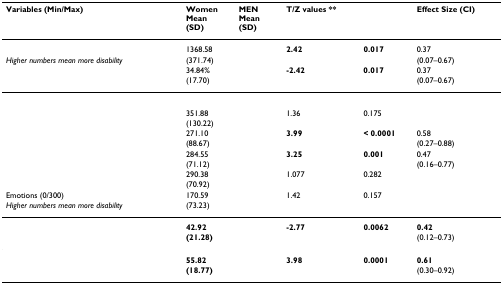
<table><thead><tr><td><b>Variables (Min/Max)</b></td><td><b>WomenMean (SD)</b></td><td><b>MENMean(SD)</b></td><td><b>T/Z values **</b></td><td>[EMPTY_CELL]</td><td><b>Effect Size (CI)</b></td></tr></thead><tbody><tr><td>[EMPTY_CELL]</td><td>1368.58</td><td>[EMPTY_CELL]</td><td><b>2.42</b></td><td><b>0.017</b></td><td>0.37</td></tr><tr><td><i>Higher numbers mean more disability</i></td><td>(371.74)</td><td>[EMPTY_CELL]</td><td>[EMPTY_CELL]</td><td>[EMPTY_CELL]</td><td>(0.07–0.67)</td></tr><tr><td>[EMPTY_CELL]</td><td>34.84%</td><td>[EMPTY_CELL]</td><td><b>-2.42</b></td><td><b>0.017</b></td><td>0.37</td></tr><tr><td>[EMPTY_CELL]</td><td>(17.70)</td><td>[EMPTY_CELL]</td><td>[EMPTY_CELL]</td><td>[EMPTY_CELL]</td><td>(0.07–0.67)</td></tr><tr><td>[EMPTY_CELL]</td><td>[EMPTY_CELL]</td><td>[EMPTY_CELL]</td><td>[EMPTY_CELL]</td><td>[EMPTY_CELL]</td><td>[EMPTY_CELL]</td></tr><tr><td>[EMPTY_CELL]</td><td>351.88</td><td>[EMPTY_CELL]</td><td>1.36</td><td>0.175</td><td>[EMPTY_CELL]</td></tr><tr><td>[EMPTY_CELL]</td><td>(130.22)</td><td>[EMPTY_CELL]</td><td>[EMPTY_CELL]</td><td>[EMPTY_CELL]</td><td>[EMPTY_CELL]</td></tr><tr><td>[EMPTY_CELL]</td><td>271.10</td><td>[EMPTY_CELL]</td><td><b>3.99</b></td><td><b>&lt; 0.0001</b></td><td>0.58</td></tr><tr><td>[EMPTY_CELL]</td><td>(88.67)</td><td>[EMPTY_CELL]</td><td>[EMPTY_CELL]</td><td>[EMPTY_CELL]</td><td>(0.27–0.88)</td></tr><tr><td>[EMPTY_CELL]</td><td>284.55</td><td>[EMPTY_CELL]</td><td><b>3.25</b></td><td><b>0.001</b></td><td>0.47</td></tr><tr><td>[EMPTY_CELL]</td><td>(71.12)</td><td>[EMPTY_CELL]</td><td>[EMPTY_CELL]</td><td>[EMPTY_CELL]</td><td>(0.16–0.77)</td></tr><tr><td>[EMPTY_CELL]</td><td>290.38</td><td>[EMPTY_CELL]</td><td>1.077</td><td>0.282</td><td>[EMPTY_CELL]</td></tr><tr><td>[EMPTY_CELL]</td><td>(70.92)</td><td>[EMPTY_CELL]</td><td>[EMPTY_CELL]</td><td>[EMPTY_CELL]</td><td>[EMPTY_CELL]</td></tr><tr><td>Emotions (0/300)</td><td>170.59</td><td>[EMPTY_CELL]</td><td>1.42</td><td>0.157</td><td>[EMPTY_CELL]</td></tr><tr><td><i>Higher numbers mean more disability</i></td><td>(73.23)</td><td>[EMPTY_CELL]</td><td>[EMPTY_CELL]</td><td>[EMPTY_CELL]</td><td>[EMPTY_CELL]</td></tr><tr><td>[EMPTY_CELL]</td><td><b>42.92 </b></td><td>[EMPTY_CELL]</td><td><b>-2.77</b></td><td><b>0.0062</b></td><td><b>0.42</b></td></tr><tr><td>[EMPTY_CELL]</td><td><b>(21.28)</b></td><td>[EMPTY_CELL]</td><td>[EMPTY_CELL]</td><td>[EMPTY_CELL]</td><td>(0.12–0.73)</td></tr><tr><td>[EMPTY_CELL]</td><td><b>55.82 </b></td><td>[EMPTY_CELL]</td><td><b>3.98</b></td><td><b>0.0001</b></td><td><b>0.61</b></td></tr><tr><td>[EMPTY_CELL]</td><td><b>(18.77)</b></td><td>[EMPTY_CELL]</td><td>[EMPTY_CELL]</td><td>[EMPTY_CELL]</td><td>(0.30–0.92)</td></tr></tbody></table>